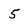
Character: 5